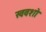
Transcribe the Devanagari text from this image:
स्ववशो